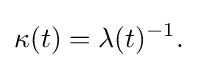
\displaystyle {\kappa (t)=\lambda (t)^{-1}.}